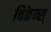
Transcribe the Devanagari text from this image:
चिकेन्स्